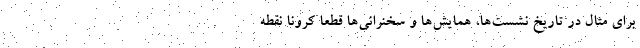
برای مثال در تاریخ نشست‌ها، همایش‌ها و سخنرانی‌ها قطعاً کرونا نقطه